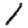
Digit: 1